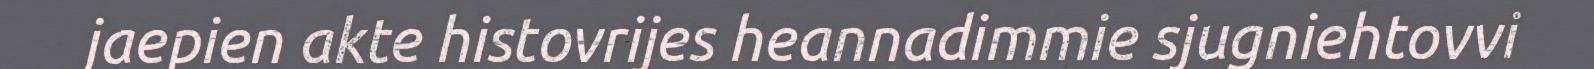
jaepien akte histovrijes heannadimmie sjugniehtovvi